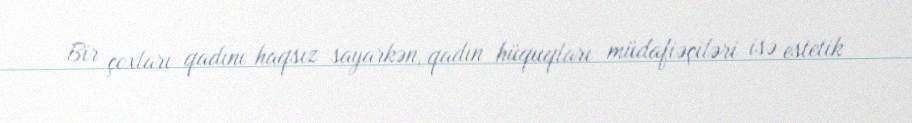
Bir çoxları qadını haqsız sayarkən, qadın hüquqları müdafiəçiləri isə estetik